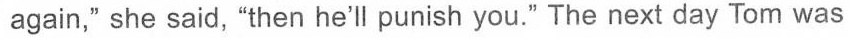
again," she said, “then he'll punish you." The next day Tom was